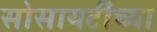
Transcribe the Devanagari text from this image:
सोसायटींच्या